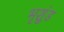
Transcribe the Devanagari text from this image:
भृशुंड